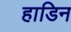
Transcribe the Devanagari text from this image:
हाडिन